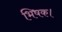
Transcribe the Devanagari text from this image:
भिषक।